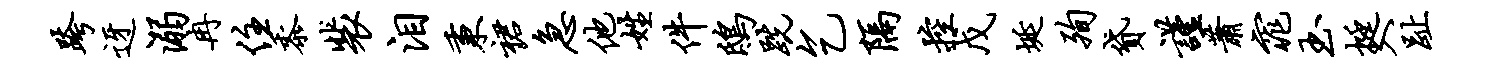
跨迓溺冉住黍裴泪秉裙急他姓件鸱跣乞隔控戊埏殉贷谨萧窕玉挺入趾